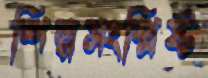
শিল্পসংশ্লিষ্ট